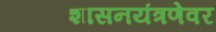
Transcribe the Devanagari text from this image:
शासनयंत्रणेवर